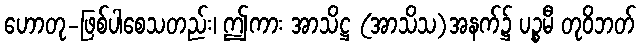
ဟောတု-ဖြစ်ပါစေသတည်း၊ ဤကား အာသိဋ္ဌ (အာသိသ)အနက်၌ ပဉ္စမီ တုဝိဘတ်